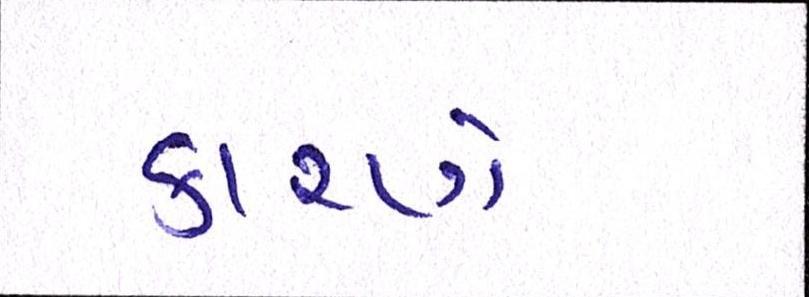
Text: કારણે